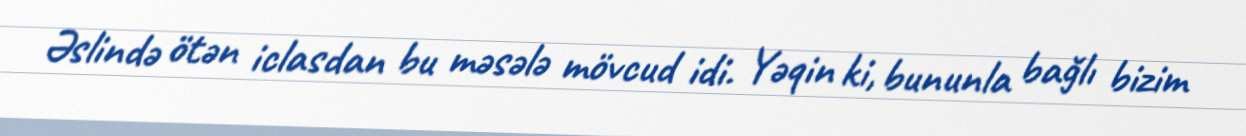
Əslində ötən iclasdan bu məsələ mövcud idi. Yəqin ki, bununla bağlı bizim